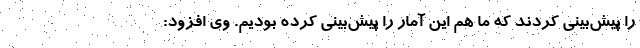
را پیش‌بینی کردند که ما هم این آمار را پیش‌بینی کرده بودیم. وی افزود: